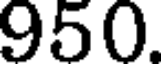
950.